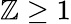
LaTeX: \mathbb{Z}\ge1